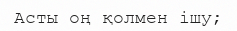
Асты оң қолмен ішу;